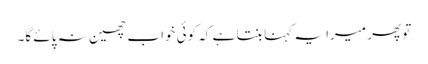
تو پھر میرا یہ کہنا بنتا ہے کہ کوئی خواب چھین نہ پائے گا۔